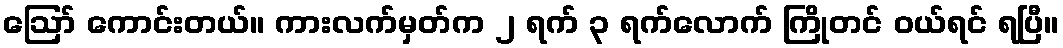
ဪ ကောင်းတယ်။ ကားလက်မှတ်က ၂ ရက် ၃ ရက်လောက် ကြိုတင် ဝယ်ရင် ရပြီ။